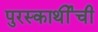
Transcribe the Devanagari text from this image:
पुरस्कार्थींची